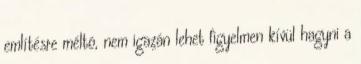
említésre méltó, nem igazán lehet figyelmen kívül hagyni a